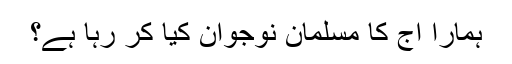
ہمارا آج کا مسلمان نوجوان کیا کر رہا ہے؟